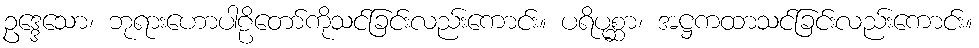
ဥဒ္ဒေသော၊ ဘုရားဟောပါဠိတော်ကိုသင်ခြင်းလည်းကောင်း။ ပရိပုစ္ဆာ၊ အဋ္ဌကထာသင်ခြင်းလည်းကောင်း။